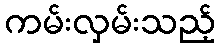
ကမ်းလှမ်းသည့်